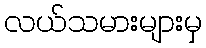
လယ်သမားများမှ